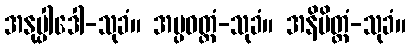
အနုပ္ပါဒေါ-သုခံ။ အပ္ပဝတ္တံ-သုခံ။ အနိမိတ္တံ-သုခံ။